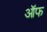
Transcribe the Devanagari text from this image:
ऑफ